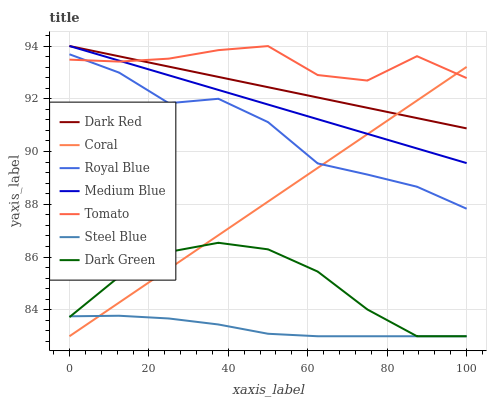
| xaxis_label | Dark Red | Coral | Royal Blue | Medium Blue | Tomato | Steel Blue | Dark Green |
 | --- | --- | --- | --- | --- | --- | --- | --- |
 | 0 | 94 | 83 | 93.7 | 94 | 93.5 | 83.8 | 83.7 |
 | 12.5 | 93.6 | 84.3 | 93 | 93.4 | 93.4 | 83.8 | 85.3 |
 | 25 | 93.2 | 85.6 | 91.8 | 92.9 | 93.5 | 83.7 | 86.2 |
 | 37.5 | 92.8 | 86.8 | 92 | 92.3 | 93.8 | 83.4 | 86.5 |
 | 50 | 92.4 | 88.1 | 91.1 | 91.8 | 94 | 83.1 | 86.3 |
 | 62.5 | 92 | 89.4 | 89.5 | 91.2 | 92.9 | 83 | 85.5 |
 | 75 | 91.7 | 90.7 | 89.1 | 90.7 | 92.7 | 83 | 84 |
 | 87.5 | 91.3 | 91.9 | 88.7 | 90.1 | 93.6 | 83 | 83 |
 | 100 | 90.9 | 93.2 | 87.8 | 89.6 | 92.8 | 83 | 83 |